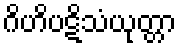
ဂိဟိပဋိသံယုတ္တာ